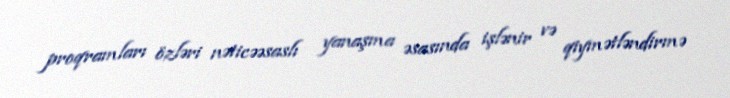
proqramları özləri nəticəəsaslı yanaşma əsasında işlənir və qiymətləndirmə